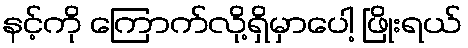
နင့်ကို ကြောက်လို့ရှိမှာပေါ့ ဖြိုးရယ်